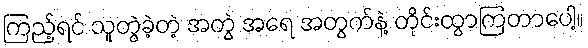
ကြည့်ရင် သူတွဲခဲ့တဲ့ အတွဲ အရေ အတွက်နဲ့ တိုင်းထွာကြတာပေါ့။